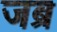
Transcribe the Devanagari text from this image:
जब्र